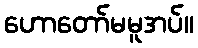
ဟောတော်မမူအပ်။